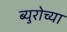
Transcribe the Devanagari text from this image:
ब्युरोच्या